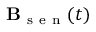
\mathbf { B } _ { \mathrm { ~ s ~ e ~ n ~ } } ( t )